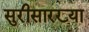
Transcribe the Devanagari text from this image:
सुरीसारख्या